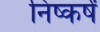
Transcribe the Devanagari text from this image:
निष्कर्षं